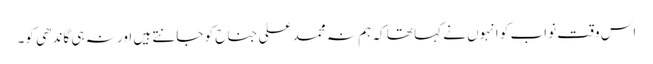
اس وقت نواب کو انہوں نے کہا تھا کہ ہم نہ محمد علی جناح کو جانتے ہیں اور نہ ہی گاندھی کو۔